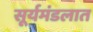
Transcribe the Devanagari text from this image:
सूर्यमंडलात